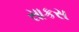
સાકસ